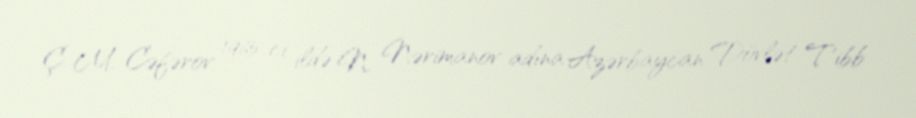
Ç. M. Cəfərov 1965-ci ildə N. Nərimanov adına Azərbaycan Dövlət Tibb